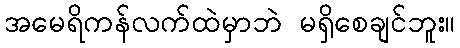
အမေရိကန်လက်ထဲမှာဘဲ မရှိစေချင်ဘူး။